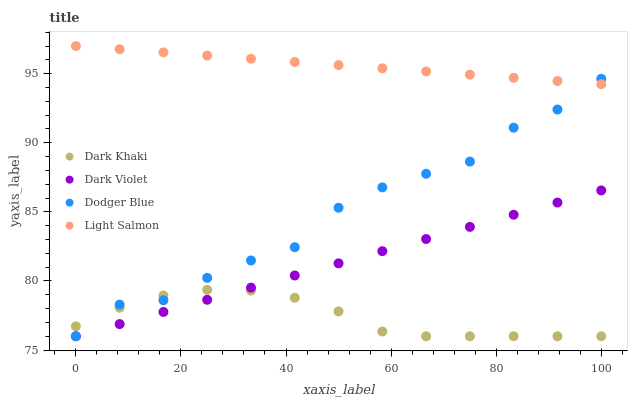
| xaxis_label | Dark Khaki | Dark Violet | Dodger Blue | Light Salmon |
 | --- | --- | --- | --- | --- |
 | 0 | 76.7 | 76 | 76 | 97 |
 | 8.33 | 78.1 | 76.9 | 78.3 | 96.8 |
 | 16.7 | 78.9 | 77.8 | 78.6 | 96.5 |
 | 25 | 79.4 | 78.6 | 80.2 | 96.3 |
 | 33.3 | 79.3 | 79.5 | 81.5 | 96.1 |
 | 41.7 | 78.8 | 80.4 | 82.4 | 95.8 |
 | 50 | 77.8 | 81.3 | 85.3 | 95.6 |
 | 58.3 | 76.3 | 82.2 | 86.8 | 95.4 |
 | 66.7 | 76 | 83 | 87.8 | 95.2 |
 | 75 | 76 | 83.9 | 88.6 | 94.9 |
 | 83.3 | 76 | 84.8 | 91.1 | 94.7 |
 | 91.7 | 76 | 85.7 | 92.4 | 94.5 |
 | 100 | 76 | 86.6 | 94.6 | 94.2 |